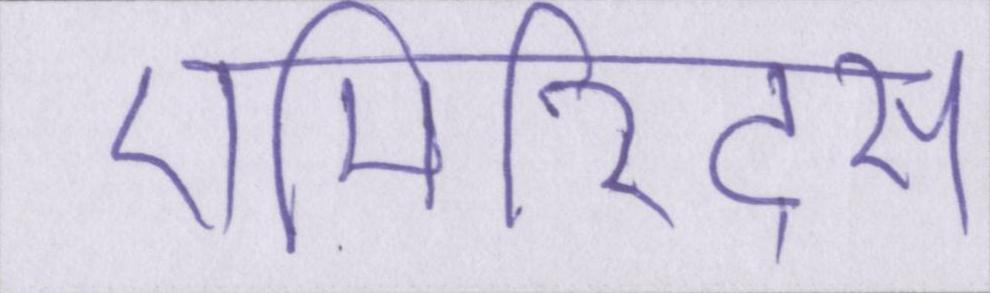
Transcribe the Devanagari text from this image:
एमिरिट्स